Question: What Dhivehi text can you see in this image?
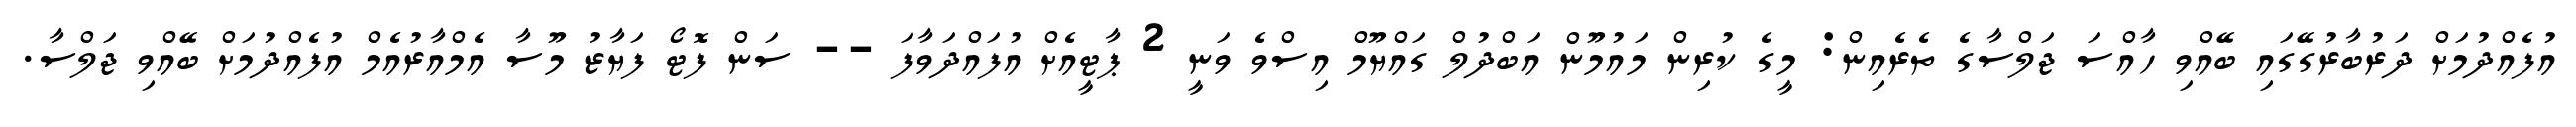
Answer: އުފެއްދުމަށް ދަރުބާރުގޭގައި ބޭއްވި ހާއްސަ ޖަލްސާގެ ތެރެއިން: މީގެ ކުރިން މައުމޫން އަބްދުލް ގައްޔޫމް އިސްވެ ވަނީ 2 ޕާޓީއެށް އުފައްދަވާފަ -- ސަން ފޮޓޯ ފަޔާޒު މޫސާ އެމްއާރުއެމް އުފެއްދުމަށް ބޭއްވި ޖަލްސާ.